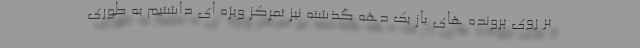
بر روی پرونده های باز یک دهه گذشته نیز تمرکز ویژه ای داشتیم به طوری